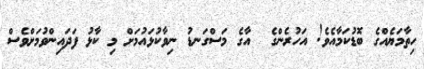
ހިތާމަޔެއްގެ ބޮޑުކަމާއެވެ! އަހުރެންގެ  އާގެ މަސްގަނޑު ނިވާކުޅައުމަށް މި ކާޅު ފަދައިންވުމަށްވެސް